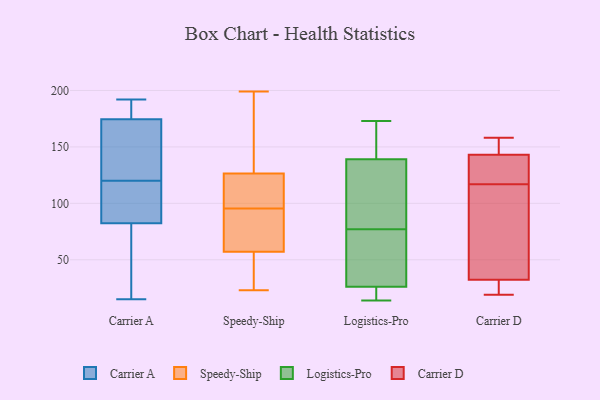
{"axis": {"x": "LTV (USD)", "y": "Value"}, "legend": ["Carrier A", "Carrier D", "Logistics-Pro", "Speedy-Ship"], "data": [{"x": "", "y": 97, "type": "Carrier A"}, {"x": "", "y": 36, "type": "Carrier A"}, {"x": "", "y": 15, "type": "Carrier A"}, {"x": "", "y": 170, "type": "Carrier A"}, {"x": "", "y": 38, "type": "Carrier A"}, {"x": "", "y": 101, "type": "Carrier A"}, {"x": "", "y": 192, "type": "Carrier A"}, {"x": "", "y": 140, "type": "Carrier A"}, {"x": "", "y": 120, "type": "Carrier A"}, {"x": "", "y": 116, "type": "Carrier A"}, {"x": "", "y": 139, "type": "Carrier A"}, {"x": "", "y": 188, "type": "Carrier A"}, {"x": "", "y": 188, "type": "Carrier A"}, {"x": "", "y": 196, "type": "Speedy-Ship"}, {"x": "", "y": 128, "type": "Speedy-Ship"}, {"x": "", "y": 23, "type": "Speedy-Ship"}, {"x": "", "y": 56, "type": "Speedy-Ship"}, {"x": "", "y": 55, "type": "Speedy-Ship"}, {"x": "", "y": 58, "type": "Speedy-Ship"}, {"x": "", "y": 98, "type": "Speedy-Ship"}, {"x": "", "y": 136, "type": "Speedy-Ship"}, {"x": "", "y": 93, "type": "Speedy-Ship"}, {"x": "", "y": 125, "type": "Speedy-Ship"}, {"x": "", "y": 81, "type": "Speedy-Ship"}, {"x": "", "y": 73, "type": "Speedy-Ship"}, {"x": "", "y": 29, "type": "Speedy-Ship"}, {"x": "", "y": 107, "type": "Speedy-Ship"}, {"x": "", "y": 125, "type": "Speedy-Ship"}, {"x": "", "y": 199, "type": "Speedy-Ship"}, {"x": "", "y": 20, "type": "Logistics-Pro"}, {"x": "", "y": 86, "type": "Logistics-Pro"}, {"x": "", "y": 139, "type": "Logistics-Pro"}, {"x": "", "y": 26, "type": "Logistics-Pro"}, {"x": "", "y": 45, "type": "Logistics-Pro"}, {"x": "", "y": 154, "type": "Logistics-Pro"}, {"x": "", "y": 173, "type": "Logistics-Pro"}, {"x": "", "y": 17, "type": "Logistics-Pro"}, {"x": "", "y": 115, "type": "Logistics-Pro"}, {"x": "", "y": 48, "type": "Logistics-Pro"}, {"x": "", "y": 96, "type": "Logistics-Pro"}, {"x": "", "y": 14, "type": "Logistics-Pro"}, {"x": "", "y": 68, "type": "Logistics-Pro"}, {"x": "", "y": 164, "type": "Logistics-Pro"}, {"x": "", "y": 128, "type": "Carrier D"}, {"x": "", "y": 158, "type": "Carrier D"}, {"x": "", "y": 129, "type": "Carrier D"}, {"x": "", "y": 47, "type": "Carrier D"}, {"x": "", "y": 19, "type": "Carrier D"}, {"x": "", "y": 117, "type": "Carrier D"}, {"x": "", "y": 34, "type": "Carrier D"}, {"x": "", "y": 23, "type": "Carrier D"}, {"x": "", "y": 81, "type": "Carrier D"}, {"x": "", "y": 143, "type": "Carrier D"}, {"x": "", "y": 158, "type": "Carrier D"}, {"x": "", "y": 27, "type": "Carrier D"}, {"x": "", "y": 143, "type": "Carrier D"}]}